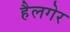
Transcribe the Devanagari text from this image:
हैलगेर